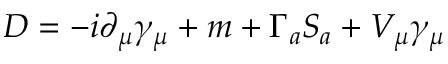
D = - i \partial _ { \mu } \gamma _ { \mu } + m + \Gamma _ { a } S _ { a } + V _ { \mu } \gamma _ { \mu }